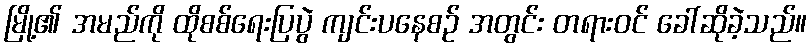
မြို့၏ အမည်ကို ထိုစစ်ရေးပြပွဲ ကျင်းပနေစဉ် အတွင်း တရားဝင် ခေါ်ဆိုခဲ့သည်။